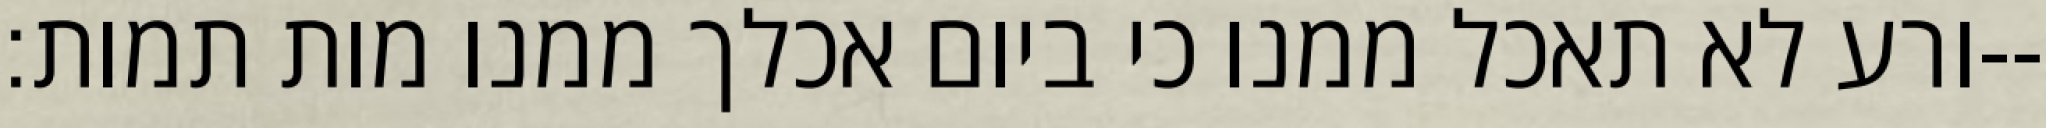
ורע לא תאכל ממנו כי ביום אכלך ממנו מות תמות׃--